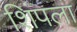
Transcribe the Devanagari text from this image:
शिंपला